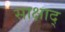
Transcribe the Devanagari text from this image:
साक्षाद्